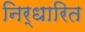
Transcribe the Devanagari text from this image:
निर्धारित